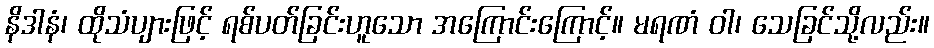
နိဒါနံ၊ ထိုသံပျားဖြင့် ရစ်ပတ်ခြင်းဟူသော အကြောင်းကြောင့်။ မရဏံ ဝါ၊ သေခြင်သို့လည်း။